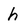
Character: h